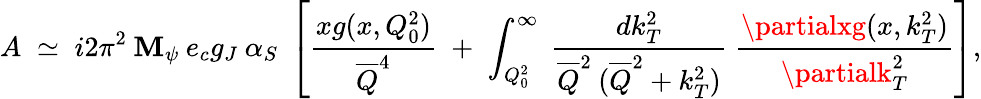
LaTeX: A\; \simeq\; i2\pi^{2}\: \mathbf{M}_{\psi}\: e_{c}g_{J}\: \alpha_{S}\; \left[\frac{{xg(x,Q_{0}^{2})}}{{\overline{{{{Q}}}}^{4}}}\; +\; \int_{Q_{0}^{2}}^{\infty}\; \frac{{dk_{T}^{2}}}{{\overline{{{{Q}}}}^{2}\: (\overline{{{{Q}}}}^{2}+k_{T}^{2})}}\; \frac{{\partialxg(x,k_{T}^{2})}}{{\partialk_{T}^{2}}}\right],